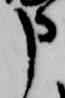
申